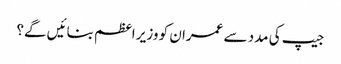
جیپ کی مدد سے عمران کو وزیر اعظم بنائیں گے؟